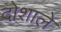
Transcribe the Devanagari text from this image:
दोशाले